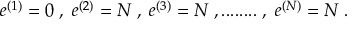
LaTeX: e ^ { ( 1 ) } = 0 \; , \; e ^ { ( 2 ) } = N \; , \; e ^ { ( 3 ) } = N \; , . . . . . . . . \; , \; e ^ { ( N ) } = N \; .